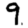
Digit: 9